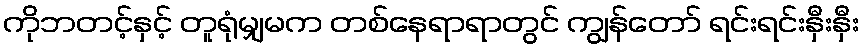
ကိုဘတင့်နှင့် တူရုံမျှမက တစ်နေရာရာတွင် ကျွန်တော် ရင်းရင်းနှီးနှီး